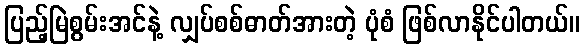
ပြည့်မြဲစွမ်းအင်နဲ့ လျှပ်စစ်ဓာတ်အားတဲ့ ပုံစံ ဖြစ်လာနိုင်ပါတယ်။